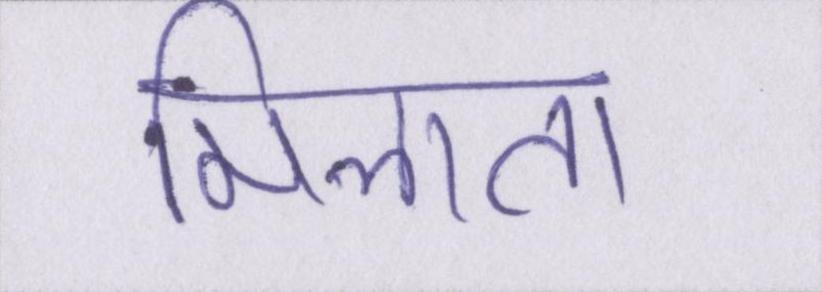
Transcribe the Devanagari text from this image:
मिलाता